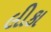
લીકા